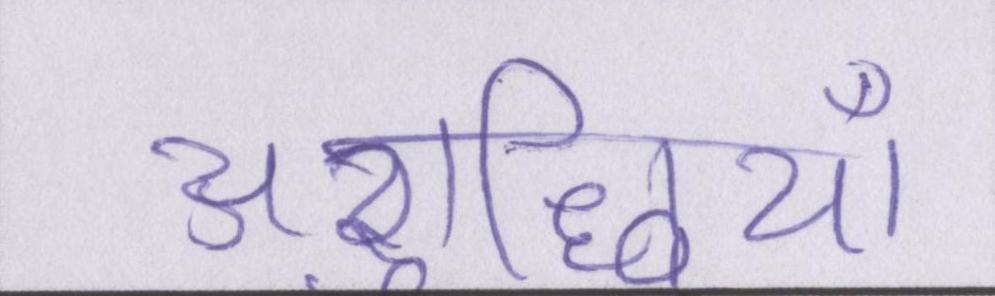
अशुद्धियाँ